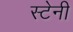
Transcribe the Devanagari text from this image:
स्टेनी